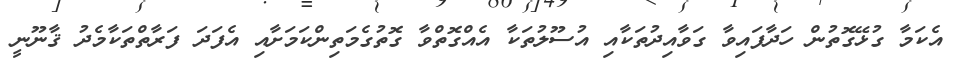
އެކަމާ ގުޅޭގޮތުން ހަދާފައިވާ ގަވާއިދުތަކާއި އުސޫލުތަކާ އެއްގޮތްވާ ގޮތުގެމަތިންކަމަށާއި އެފަދަ ފަރާތްތަކާމެދު ޤާނޫނީ